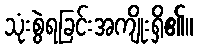
သုံးစွဲရခြင်းအကျိုးရှိ၏။